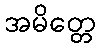
အမိတ္တေ